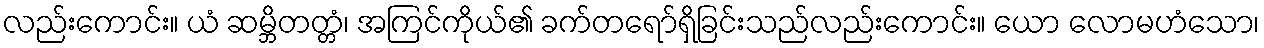
လည်းကောင်း။ ယံ ဆမ္ဘိတတ္တံ၊ အကြင်ကိုယ်၏ ခက်တရော်ရှိခြင်းသည်လည်းကောင်း။ ယော လောမဟံသော၊